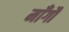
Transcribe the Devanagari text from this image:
माँगौ